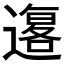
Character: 𲅼